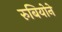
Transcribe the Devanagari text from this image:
रुबियोने